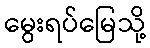
မွေးရပ်မြေသို့